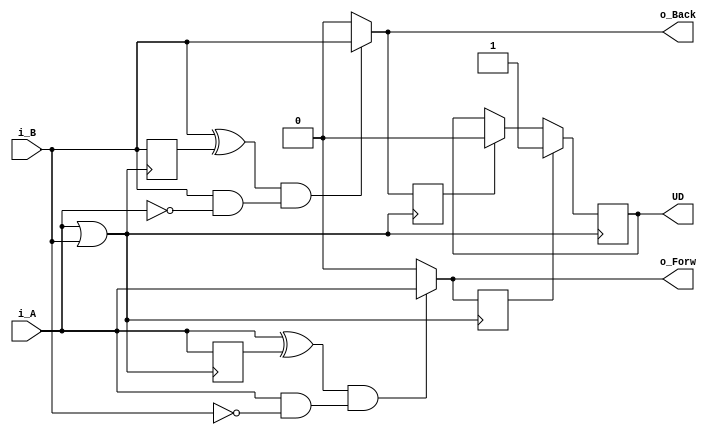
module dirdect_drf(
	input i_A,
	input i_B,
	output o_Forw,
	output o_Back,
	output UD
);

reg A_past;
reg B_past;

wire virtualClk;
reg r_Forw;
reg r_Back;
reg r_UD;
assign virtualClk = i_A | i_B;

always @(posedge virtualClk)
begin
	A_past <= i_A;
	B_past <= i_B;
	r_Forw <= ((i_A ^ A_past) && ((i_A == 1'b1) && (i_B == 1'b0 ))) ? i_A : 1'b0;
	r_Back <= ((i_B ^ B_past) && ((i_B == 1'b1)&&(i_A == 1'b0))) ? i_B : 1'b0;
	if (r_Forw == 1'b1)
		r_UD <= 1'b1;
	else
		if (r_Back == 1'b1)
			r_UD <= 1'b0;
		else
			r_UD <= r_UD;
end
	
assign UD = r_UD;
assign o_Forw = ((i_A ^ A_past) && ((i_A == 1'b1) && (i_B == 1'b0 ))) ? i_A : 1'b0; 
assign o_Back = ((i_B ^ B_past) && ((i_B == 1'b1)&&(i_A == 1'b0))) ? i_B : 1'b0; 



endmodule